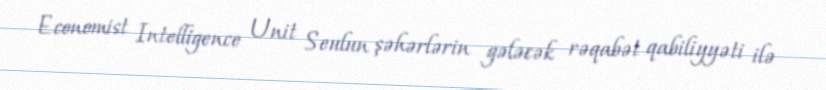
Economist Intelligence Unit Seulun şəhərlərin gələcək rəqabət qabiliyyəti ilə